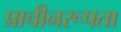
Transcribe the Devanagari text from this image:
प्राचीनरूपता